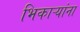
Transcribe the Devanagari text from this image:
भिकाऱ्यांना